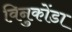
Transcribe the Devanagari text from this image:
विनुकोंडा